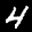
Label: 4